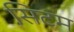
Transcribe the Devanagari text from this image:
सिटम